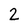
Character: 2